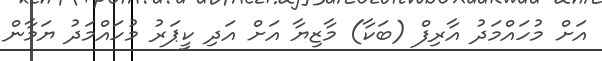
އަށް މުހައްމަދު އާރިފް (ބަކާ) މާޒިޔާ އަށް އަދި ކީޕަރު މުހައްމަދު ޔަމާން